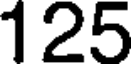
125